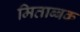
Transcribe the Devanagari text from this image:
मिताब्बक